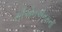
સીએનએનમની